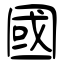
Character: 國